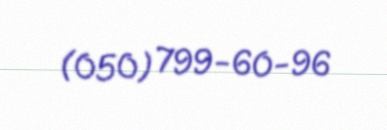
(050) 799-60-96